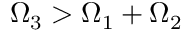
\Omega _ { 3 } > \Omega _ { 1 } + \Omega _ { 2 }